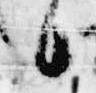
候